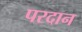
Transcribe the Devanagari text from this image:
परदान